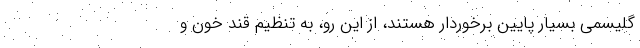
گلیسمی بسیار پایین برخوردار هستند، از این رو، به تنظیم قند خون و